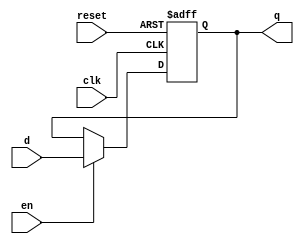
module ParameterizedRegister #(parameter N = 8) (
    input wire clk,          // Clock signal
    input wire reset,        // Asynchronous reset signal
    input wire [N-1:0] d,   // Input data signal (n-bit value)
    input wire en,          // Enable signal
    output reg [N-1:0] q    // Output data signal (n-bit value)
);

    // Asynchronous reset and behavior on clock edge
    always @(posedge clk or posedge reset) begin
        if (reset) begin
            q <= {N{1'b0}}; // Reset output to zero (N bits)
        end else if (en) begin
            q <= d; // Capture input data on enable
        end
        // If enable is low, retain previous value of q
    end

endmodule